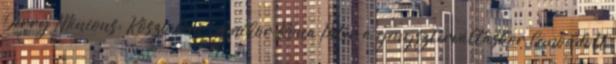
Jerry Minions: Köszönöm. Amikor Róna Péter a gengszterváltáskor lemondott